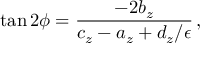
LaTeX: \tan 2 \phi = { \frac { - 2 b _ { z } } { c _ { z } - a _ { z } + d _ { z } / \epsilon } } \, ,